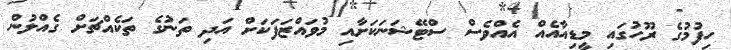
ހިފުމުގެ ރޫހުގައި މީޑިއާއެއް އެއްވެސް ސްޓޭޝަނަކަށާއި މުވައްޒަފަކަށް އަދި ތަނުގެ ތަކެއްޗަށް ގެއްލުން